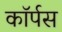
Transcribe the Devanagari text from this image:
काॅर्पस